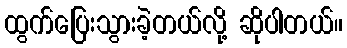
ထွက်ပြေးသွားခဲ့တယ်လို့ ဆိုပါတယ်။